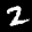
Label: 2